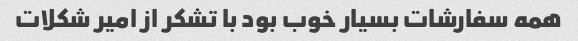
همه سفارشات بسیار خوب بود با تشکر از امیر شکلات